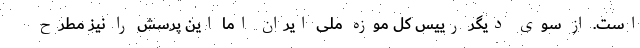
است. از سوی دیگر رییس کل موزه ملی ایران اما این پرسش را نیز مطرح